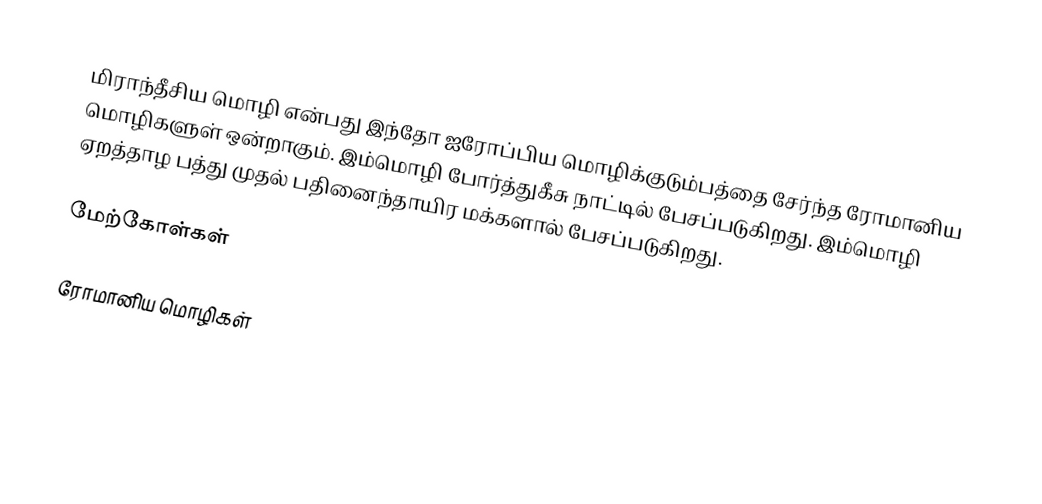
மிராந்தீசிய மொழி என்பது இந்தோ ஐரோப்பிய மொழிக்குடும்பத்தை சேர்ந்த ரோமானிய மொழிகளுள் ஒன்றாகும். இம்மொழி போர்த்துகீசு நாட்டில் பேசப்படுகிறது. இம்மொழி ஏறத்தாழ பத்து முதல் பதினைந்தாயிர மக்களால் பேசப்படுகிறது.

மேற்கோள்கள்

ரோமானிய மொழிகள்